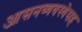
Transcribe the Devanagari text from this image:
आसनव्यवस्थेसह